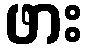
ဖား